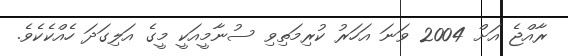
ރާއްޖެ އަށް 2004 ވަނަ އަހަރު ކުރިމަތިވި ސުނާމީއަކީ މީގެ އަލިގަދަ ހެއްކެކެވެ.